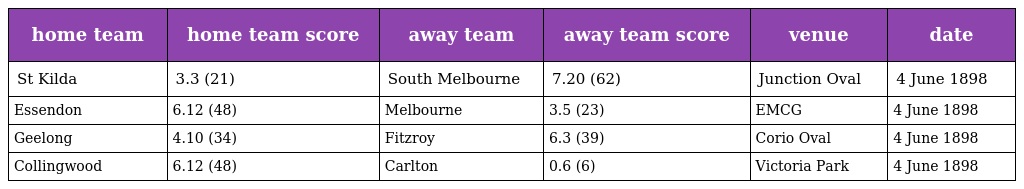
| home team | home team score | away team | away team score | venue | date |
 | --- | --- | --- | --- | --- | --- |
 | St Kilda | 3.3 (21) | South Melbourne | 7.20 (62) | Junction Oval | 4 June 1898 |
 | Essendon | 6.12 (48) | Melbourne | 3.5 (23) | EMCG | 4 June 1898 |
 | Geelong | 4.10 (34) | Fitzroy | 6.3 (39) | Corio Oval | 4 June 1898 |
 | Collingwood | 6.12 (48) | Carlton | 0.6 (6) | Victoria Park | 4 June 1898 |